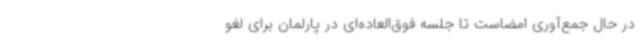
در حال جمع‌آوری امضاست تا جلسه فوق‌العاده‌ای در پارلمان برای لغو